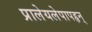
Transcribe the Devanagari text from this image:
प्रालेयलेपापहृन्